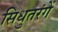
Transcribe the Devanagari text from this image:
सिधुतरंगें